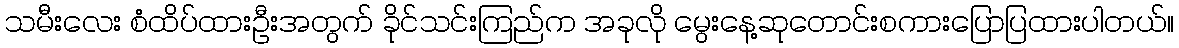
သမီးလေး စံထိပ်ထားဦးအတွက် ခိုင်သင်းကြည်က အခုလို မွေးနေ့ဆုတောင်းစကားပြောပြထားပါတယ်။